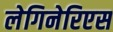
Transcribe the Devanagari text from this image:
लेगिनेरिएस